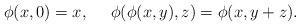
LaTeX: \begin{align*} \phi(x,0)=x,\ \ \ \ \phi(\phi(x,y),z)=\phi(x,y+z).\end{align*}